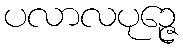
ပလာလပုဉ္ဇေ